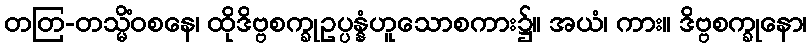
တတြ-တသ္မိံဝစနေ၊ ထိုဒိဗ္ဗစက္ခုဥပ္ပန္နံဟူသောစကား၌။ အယံ၊ ကား။ ဒိဗ္ဗစက္ခုနော၊